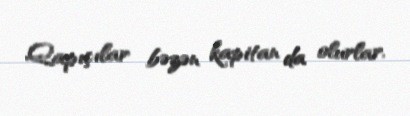
Qapıçılar bəzən kapitan da olurlar.